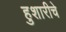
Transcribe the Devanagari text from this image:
हुशारीचे